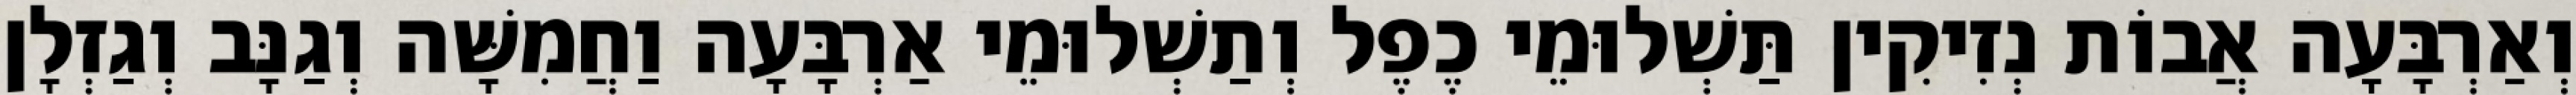
וְאַרְבָּעָה אֲבוֹת נְזִיקִין תַּשְׁלוּמֵי כֶפֶל וְתַשְׁלוּמֵי אַרְבָּעָה וַחֲמִשָּׁה וְגַנָּב וְגַזְלָן